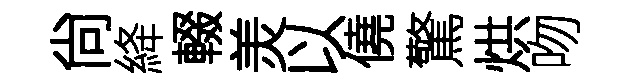
尙絳輟羙以僥驚烘吻